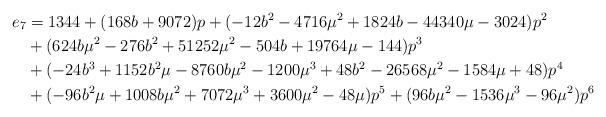
LaTeX: \begin{align*}e_7&=1344+ (168 b+9072) p+ (-12 b^2-4716 \mu^2+1824 b-44340 \mu-3024) p^2\\ &+ (624 b\mu^2-276 b^2+51252 \mu^2-504 b+19764 \mu-144) p^3 \\& + (-24 b^3+1152 b^2\mu-8760 b\mu^2-1200 \mu^3+48 b^2-26568 \mu^2-1584 \mu+48) p^4\\ &+ (-96 b^2\mu+1008 b\mu^2+7072 \mu^3+3600 \mu^2-48 \mu) p^5+ (96 b\mu^2-1536 \mu^3-96 \mu^2) p^6\end{align*}